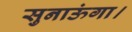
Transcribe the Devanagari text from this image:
सुनाऊंगा।